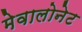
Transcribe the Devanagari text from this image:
मेवालोनेट